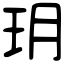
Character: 玥